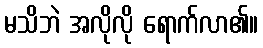
မသိဘဲ အလိုလို ရောက်လာ၏။